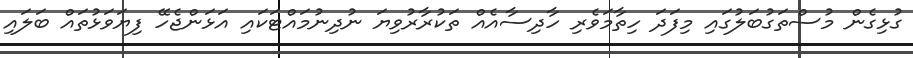
ގުޅިގެން މުސްތަގުބަލުގައި މިފަދަ ހިތާމަވެރި ހާދިސާއެއް ތަކުރާރުވިޔަ ނުދިނުމައްޓަކައި އަޅަންޖެހޭ ފިޔަވަޅުތައް ބަލައި